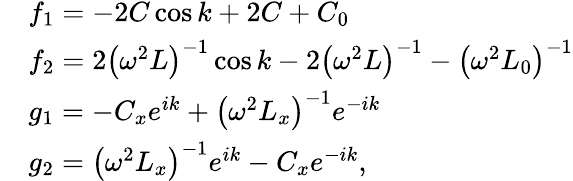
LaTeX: \begin{array}{rl}&{f_{1}=-2C\cos k+2C+C_{0}}\\ &{f_{2}=2\left(\omega^{2}L\right)^{-1}\cos k-2\left(\omega^{2}L\right)^{-1}-\left(\omega^{2}L_{0}\right)^{-1}}\\ &{g_{1}=-C_{x}e^{ik}+\left(\omega^{2}L_{x}\right)^{-1}e^{-ik}}\\ &{g_{2}=\left(\omega^{2}L_{x}\right)^{-1}e^{ik}-C_{x}e^{-ik},}\end{array}